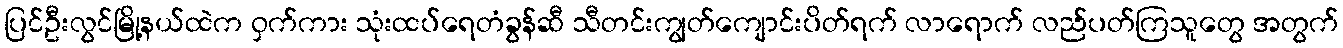
ပြင်ဦးလွင်မြို့နယ်ထဲက ဝှက်ကား သုံးထပ်ရေတံခွန်ဆီ သီတင်းကျွတ်ကျောင်းပိတ်ရက် လာရောက် လည်ပတ်ကြသူတွေ အတွက်